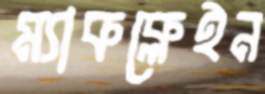
ম্যাকক্লেইন